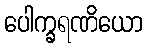
ပေါက္ခရဏိယော